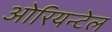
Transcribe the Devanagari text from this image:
ओरियन्टेल